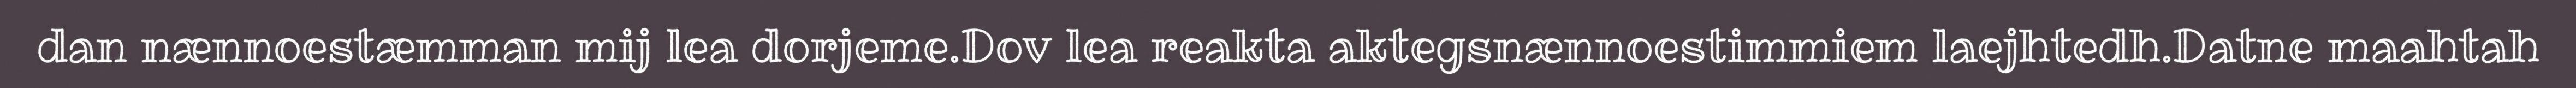
dan nænnoestæmman mij lea dorjeme.Dov lea reakta aktegsnænnoestimmiem laejhtedh.Datne maahtah